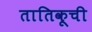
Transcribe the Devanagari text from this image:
तातिकूची